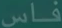
فاس